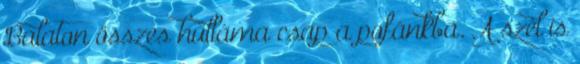
Balaton összes hulláma csap a pofánkba. A szél is